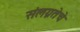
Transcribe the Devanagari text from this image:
संलग्नतेचे